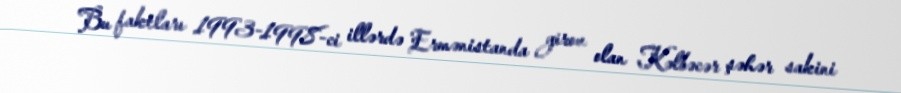
Bu faktları 1993-1998-ci illərdə Ermənistanda girov olan Kəlbəcər şəhər sakini